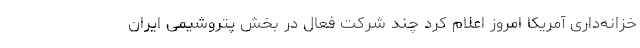
خزانه‌داری آمریکا امروز اعلام کرد چند شرکت فعال در بخش پتروشیمی ایران